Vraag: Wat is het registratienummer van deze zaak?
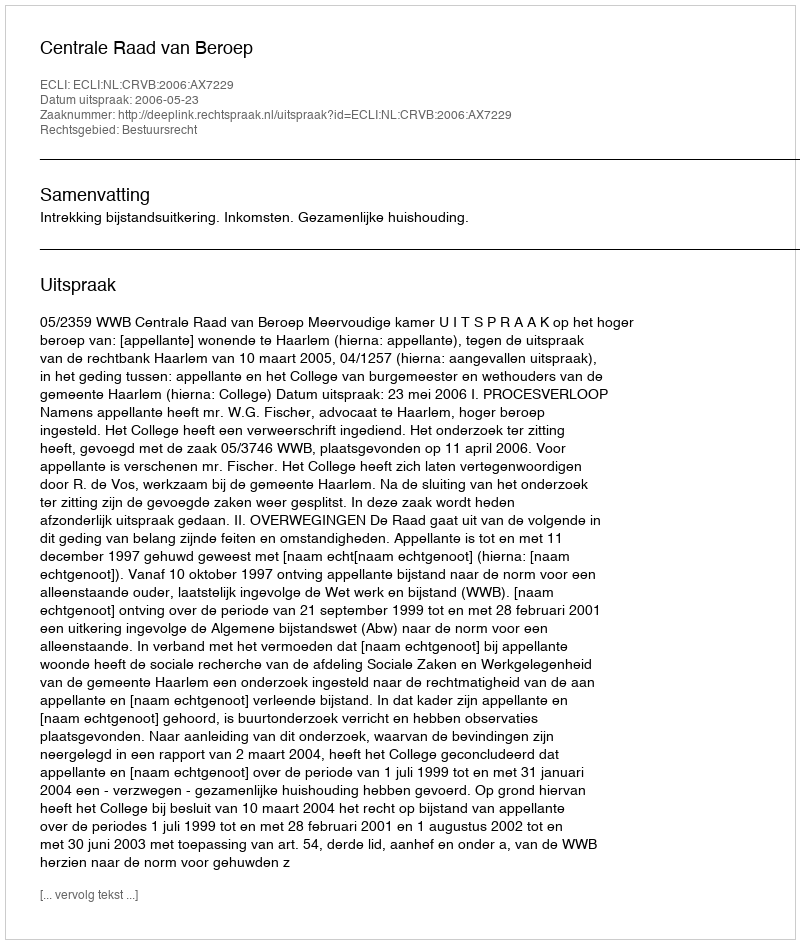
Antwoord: http://deeplink.rechtspraak.nl/uitspraak?id=ECLI:NL:CRVB:2006:AX7229